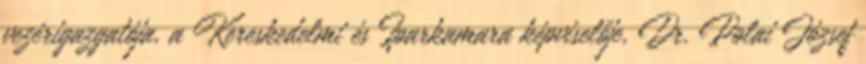
vezérigazgatója, a Kereskedelmi és Iparkamara képviselője, Dr. Polai József